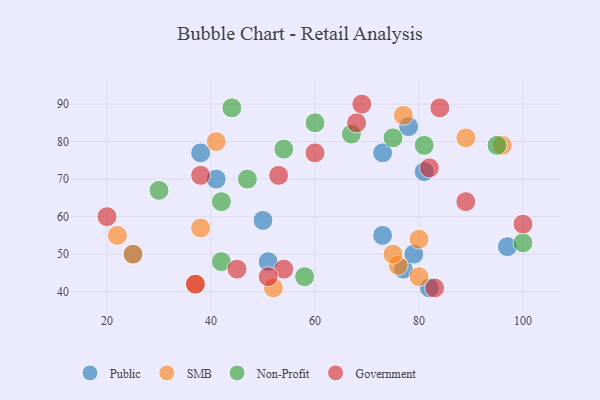
{"axis": {"x": "GDP", "y": "Life Expectancy"}, "legend": ["Government", "Non-Profit", "Public", "SMB"], "data": [{"x": "73", "y": 77, "type": "Public"}, {"x": "77", "y": 46, "type": "Public"}, {"x": "50", "y": 59, "type": "Public"}, {"x": "78", "y": 84, "type": "Public"}, {"x": "79", "y": 50, "type": "Public"}, {"x": "41", "y": 70, "type": "Public"}, {"x": "97", "y": 52, "type": "Public"}, {"x": "25", "y": 50, "type": "Public"}, {"x": "38", "y": 77, "type": "Public"}, {"x": "81", "y": 72, "type": "Public"}, {"x": "82", "y": 41, "type": "Public"}, {"x": "51", "y": 48, "type": "Public"}, {"x": "73", "y": 55, "type": "Public"}, {"x": "80", "y": 54, "type": "SMB"}, {"x": "89", "y": 81, "type": "SMB"}, {"x": "76", "y": 47, "type": "SMB"}, {"x": "52", "y": 41, "type": "SMB"}, {"x": "38", "y": 57, "type": "SMB"}, {"x": "77", "y": 87, "type": "SMB"}, {"x": "80", "y": 44, "type": "SMB"}, {"x": "37", "y": 42, "type": "SMB"}, {"x": "22", "y": 55, "type": "SMB"}, {"x": "75", "y": 50, "type": "SMB"}, {"x": "25", "y": 50, "type": "SMB"}, {"x": "41", "y": 80, "type": "SMB"}, {"x": "96", "y": 79, "type": "SMB"}, {"x": "42", "y": 64, "type": "Non-Profit"}, {"x": "81", "y": 79, "type": "Non-Profit"}, {"x": "67", "y": 82, "type": "Non-Profit"}, {"x": "100", "y": 53, "type": "Non-Profit"}, {"x": "44", "y": 89, "type": "Non-Profit"}, {"x": "42", "y": 48, "type": "Non-Profit"}, {"x": "47", "y": 70, "type": "Non-Profit"}, {"x": "58", "y": 44, "type": "Non-Profit"}, {"x": "60", "y": 85, "type": "Non-Profit"}, {"x": "30", "y": 67, "type": "Non-Profit"}, {"x": "75", "y": 81, "type": "Non-Profit"}, {"x": "95", "y": 79, "type": "Non-Profit"}, {"x": "54", "y": 78, "type": "Non-Profit"}, {"x": "100", "y": 58, "type": "Government"}, {"x": "54", "y": 46, "type": "Government"}, {"x": "20", "y": 60, "type": "Government"}, {"x": "69", "y": 90, "type": "Government"}, {"x": "68", "y": 85, "type": "Government"}, {"x": "51", "y": 44, "type": "Government"}, {"x": "84", "y": 89, "type": "Government"}, {"x": "60", "y": 77, "type": "Government"}, {"x": "89", "y": 64, "type": "Government"}, {"x": "37", "y": 42, "type": "Government"}, {"x": "82", "y": 73, "type": "Government"}, {"x": "53", "y": 71, "type": "Government"}, {"x": "38", "y": 71, "type": "Government"}, {"x": "45", "y": 46, "type": "Government"}, {"x": "83", "y": 41, "type": "Government"}]}